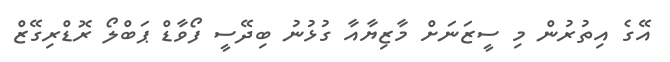
އޭގެ އިތުރުން މި ސީޒަނަށް މާޒިޔާއާ ގުޅުނު ބިދޭސީ ފޯވާޑް ޕަބްލޯ ރޮޑްރިގޭޒް